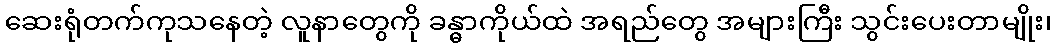
ဆေးရုံတက်ကုသနေတဲ့ လူနာတွေကို ခန္ဓာကိုယ်ထဲ အရည်တွေ အများကြီး သွင်းပေးတာမျိုး၊